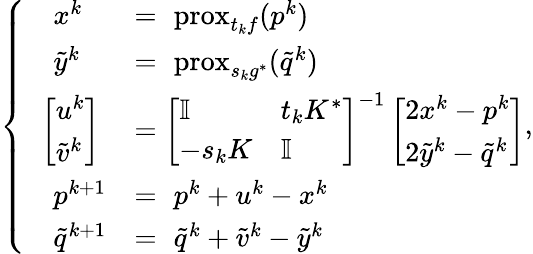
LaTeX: \left\{ \begin{array}{ll}{\quad x^{k}}&{=\, \, \mathrm{prox}_{t_{k}f}(p^{k})}\\ {\quad\tilde{y}^{k}}&{=\, \, \mathrm{prox}_{s_{k}g^{*}}(\tilde{q}^{k})}\\ {\; \; \left[\begin{array}{l}{u^{k}}\\ {\tilde{v}^{k}}\end{array}\right]}&{=\left[\begin{array}{ll}{\mathbb I}&{t_{k}K^{*}}\\ {-s_{k}K}&{\mathbb I}\end{array}\right]^{-1}\left[\begin{array}{l}{2x^{k}-p^{k}}\\ {2\tilde{y}^{k}-\tilde{q}^{k}}\end{array}\right]}\\ {\quad p^{k+1}}&{=\, \, p^{k}+u^{k}-x^{k}}\\ {\quad\tilde{q}^{k+1}}&{=\, \, \tilde{q}^{k}+\tilde{v}^{k}-\tilde{y}^{k}}\end{array}\right.,